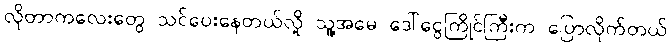
လိုတာကလေးတွေ သင်ပေးနေတယ်လို့ သူ့အမေ ဒေါ်ငွေကြိုင်ကြီးက ပြောလိုက်တယ်